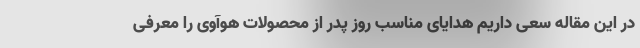
در این مقاله سعی داریم هدایای مناسب روز پدر از محصولات هوآوی را معرفی